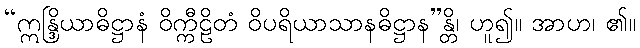
“ဣန္ဒြိယာဓိဋ္ဌာနံ ဝိက္ကီဠိတံ ဝိပရိယာသာနဓိဋ္ဌာန”န္တိ၊ ဟူ၍။ အာဟ၊ ၏။